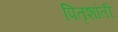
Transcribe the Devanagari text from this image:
पितृशांती